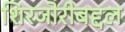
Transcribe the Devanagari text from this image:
शिरजोरीबद्दल